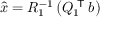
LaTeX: { \hat { x } } = R _ { 1 } ^ { - 1 } \left( Q _ { 1 } ^ { \textsf { T } } b \right)